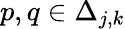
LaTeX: p,q\in\Delta_{j,k}